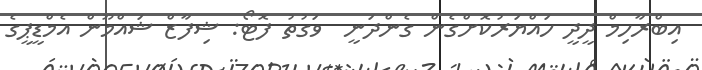
އިބްރާހިމް ދީދީ ހައްޔަރުކޮށްގެން ގެންދަނީ  ވަގުތު ފޮޓޯ: ޝިފާޒް ޝައްމޫން އެމްޑީޕީގެ